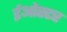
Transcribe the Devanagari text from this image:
ईओस्टर